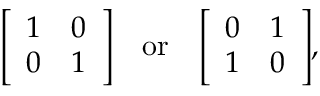
{ \left[ \begin{array} { l l } { 1 } & { 0 } \\ { 0 } & { 1 } \end{array} \right] } \quad { \mathrm { o r } } \quad { \left[ \begin{array} { l l } { 0 } & { 1 } \\ { 1 } & { 0 } \end{array} \right] } ,